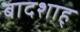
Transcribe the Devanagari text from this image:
बादशाह्